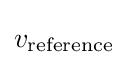
v_{\text{reference}}